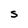
Character: S